Civil Veterinary Dept. Assam report 1911-1927 - 1911-1927
Year: 1911
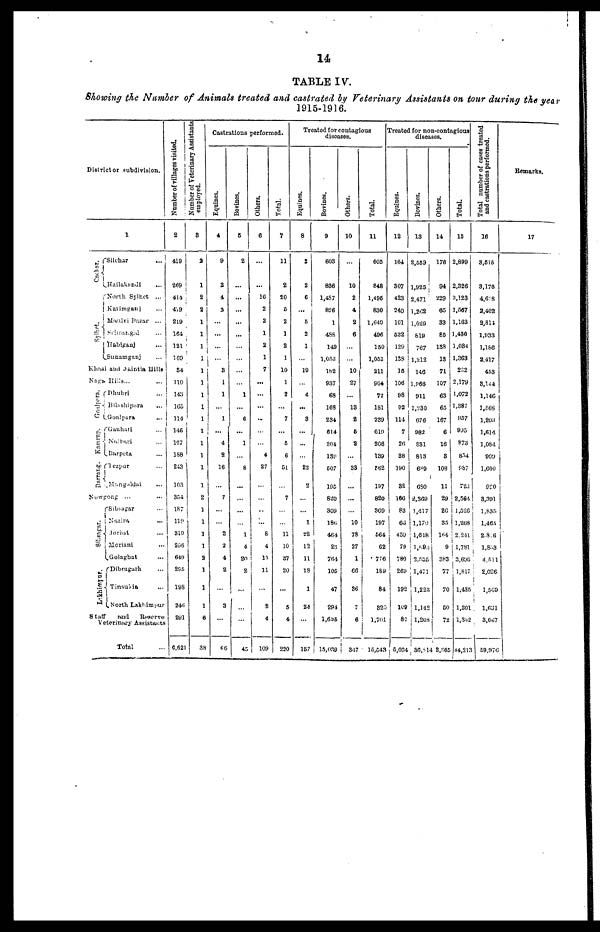
14
TABLE IV.
Showing the Number of Animals treated and castrated by Veterinary Assistants on tour during the year
1915-1916.
Distict
tor subdivision.
1
Cachar.
Rylhet.
Silchar
Hailakani ...
North Sylhet ...
Knrimgranj ...
Maulvi Bazar ...
Srimangal ...
Habiganj ...
Sunamganj ...
Khasi and Jaintia Hills
Knga Hills...
Goalpera.
Kamrup.
Darrang.
Dhubri
Bilashipara
...
Goalpara
Gauhati ...
Nalbari ...
Barpeta ...
Tezpur ...
Mangaldai
...
Nowgong ... ...
Sibsagar.
Likhimpur.
Sibsagar ...
Nazira ...
Jorhst ...
Moriani ...
Golaghat
Dibrugarh ...
Tinsubia ...
North Lakhimpur
Staff
and
Reserve
Veterinary Assistants
Total
Number of villages visited.
2
419
2<J9 |
414 |
479
219
164
121
169
34
no
148
165
114
146
137
1S8
243
103
354
187
119
319
206
649
2S5
198
246
291
6,621
Number of Veterinary Assistants
employed.
8
a
1
2
2
1
1
1
1
1
1
1
1
1
1
1
1
1
1
2
1
1
1
1
2
1
1
1
6
38
Castrations performed.
Equines.
4
9
2
4
3
...
...
3
1
1
1
...
4
2
16
7
2
2
4
2
3
66
Bovines.
5
2
...
...
...
...
1
6
...
1
8
...
1
4
20
2
1
-
45
Others.
6
...
16
2
2
1
2
1
7
...
..
4
27
...
8
4
13
11
2
4
109
Total.
7
11
2
20
6
2
1
2
1
10
1
2
7
5
6
51
7
11
10
87
20
...
5
4
220
Treated for contagious
diseases.
Equines.
8
2
2
6
5
2
1
19
4
...
3
...
22
2
1
22
12
11
18
1
24
157
Bovines,
9
603
836
1,437
826
1
4SS
149
1,053
182
937
68
168
234
614
204
139
507
19C
820
309
186
464
28
764
100
47
294
1,695
15,039
Others.
10
10
2
4
2
6
...
10
25
13
2
5
2
33
...
...
10
78
27
1
66
36
7
6
347
Total.
11
605
848
1,495
830
1,649
496
150
1,053
211
964
72
181
239
619
206
139
562
197
820
309
197
664
62
776
189
84
323
1,701
10,543
Treated for non-contagious
diseases.
Equines.
12
164
307
423
240
101
632
12S
1SS
16
106
98
92
114
7
26
38
190
32
166
S3
63
459
79
780
269
192
109
82
5,034
Bovines.
13
2,559
1,925
2,471
1,262
1,029
619
767
1,212
146
1,966
911
1,230
676
982
831
813
689
680
2,369
1,417
1,170
1.618
l,693
2,535
1,471
1,223
1,142
1,208
36,814
Others.
14
176
94
229
65
33
85
138
13
71
107
63
65
167
6
16
3
108
11
29
26
35
164
9
383
77
70
DO
72
4 2,365
Total.
15
2,899
2,826
3,123
1,567
1,163
1,436
1.084
1,363
232
2,179
1,072
1,387
957
995
873
854
987
723
2,564
1,526
1,208
2,241
1,781
3,698
1,817
1,485
1,80
1,342
44,21
Total number of cases treated
and castrations performed.
16
3,515
3,176
4,638
2,402
2,814
1,933
1,186
2,417
453
8,144
1,146
1,568
1,203
1,614
1,084
909
1,600
920
3,391
1,835
1,465
2,816
1,853
4,511
2,026
1,569
1,631
3,067
59,976
Remarks.
arks.
17
i
|